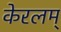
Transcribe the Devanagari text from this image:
केरलम्